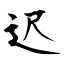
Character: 迟